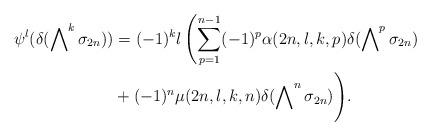
LaTeX: \begin{align*}\psi^l(\delta(\bigwedge\nolimits^k\sigma_{2n}))&=(-1)^kl \left(\sum_{p=1}^{n-1}(-1)^p\alpha(2n, l, k, p)\delta(\bigwedge\nolimits^p\sigma_{2n})\right.\\&+(-1)^n\mu(2n, l, k, n)\delta(\bigwedge\nolimits^n\sigma_{2n})\Bigg).\end{align*}